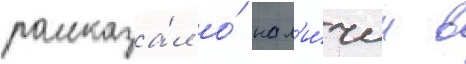
рассказа́л о́ нал'и́чии в